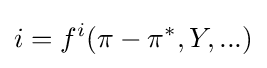
i=f^{i}(\pi -\pi ^{*},Y,...)